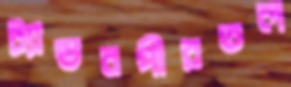
ট্যান্ডনপীরতল